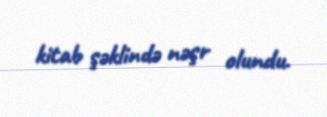
kitab şəklində nəşr olundu.